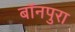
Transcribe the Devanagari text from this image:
बॉनपुरा